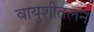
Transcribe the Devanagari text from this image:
वायुशीतलन